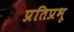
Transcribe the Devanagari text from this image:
प्रतिप्रभू